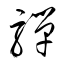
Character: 騨